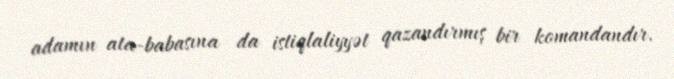
adamın ata-babasına da istiqlaliyyət qazandırmış bir komandandır.